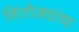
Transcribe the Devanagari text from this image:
शिंतोड्यांचा